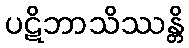
ပဋိဘာသိဿန္တိ